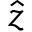
\hat { z }